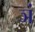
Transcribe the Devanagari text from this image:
ञं